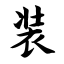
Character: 装